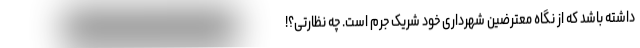
داشته باشد که از نگاه معترضین شهرداری خود شریک جرم است. چه نظارتی؟!